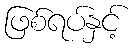
ဖြစ်ရပ်နှင့်